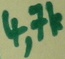
Text: 4,7k